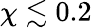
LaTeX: \chi\lesssim 0.2